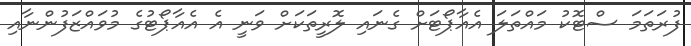
ފުރަތަމަ ސްޓޮކު މައްތަލަ އެއާޕޯޓަަށް ގެނައި ލޮރީތަކަށް ވަނީ އެ އެއާޕޯޓުގެ މުވައްޒަފުންނާއި